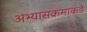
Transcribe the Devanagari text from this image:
अभ्यासक्रमाकडे